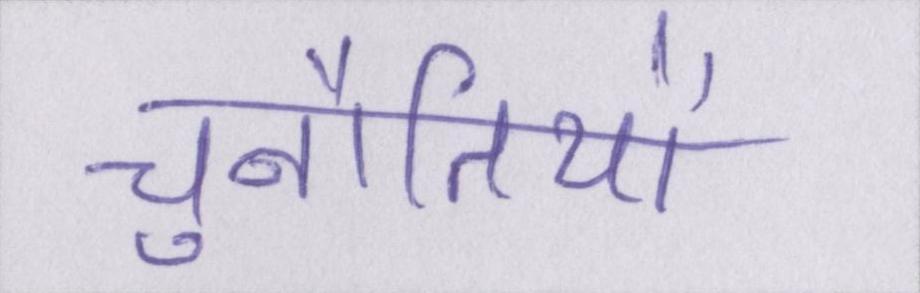
चुनौतियों